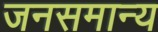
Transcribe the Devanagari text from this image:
जनसमान्य